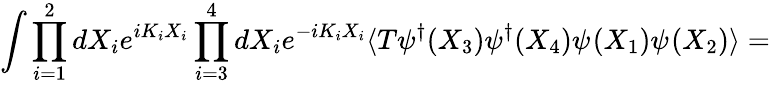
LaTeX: \int\prod_{i=1}^{2}dX_{i}e^{iK_{i}X_{i}}\prod_{i=3}^{4}dX_{i}e^{-iK_{i}X_{i}}\langle T\psi_{}^{\dagger}(X_{3})\psi_{}^{\dagger}(X_{4})\psi_{}(X_{1})\psi_{}(X_{2})\rangle=